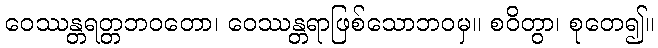
ဝေဿန္တရတ္တဘဝတော၊ ဝေဿန္တရာဖြစ်သောဘဝမှ။ စဝိတွာ၊ စုတေ၍။